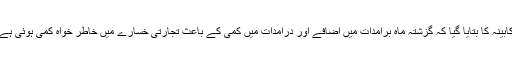
کابینہ کا بتایا گیا کہ گزشتہ ماہ برآمدات میں اضافے اور درآمدات میں کمی کے باعث تجارتی خسارے میں خاطر خواہ کمی ہوئی ہے۔